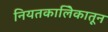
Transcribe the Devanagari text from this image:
नियतकालिेकातून